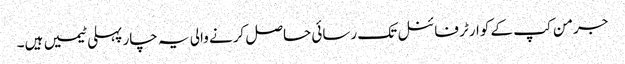
جرمن کپ کے کوارٹر فائنل تک رسائی حاصل کرنے والی یہ چار پہلی ٹیمیں ہیں۔